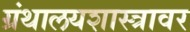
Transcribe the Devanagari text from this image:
ग्रंथालयशास्त्रावर